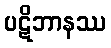
ပဋိဘာနဿ